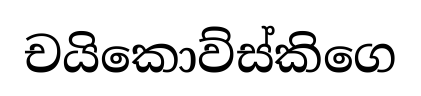
චයිකොව්ස්කිගෙ